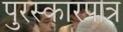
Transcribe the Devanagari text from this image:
पुरस्कारपात्र